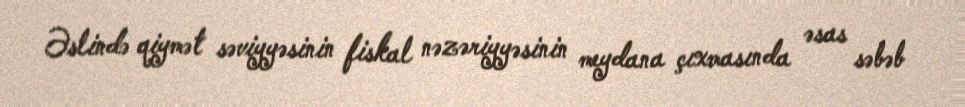
Əslində qiymət səviyyəsinin fiskal nəzəriyyəsinin meydana çıxmasında əsas səbəb